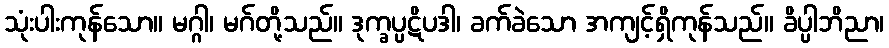
သုံးပါးကုန်သော။ မဂ္ဂါ၊ မဂ်တို့သည်။ ဒုက္ခပ္ပဋိပဒါ၊ ခက်ခဲသော အကျင့်ရှိကုန်သည်။ ခိပ္ပါဘိညာ၊